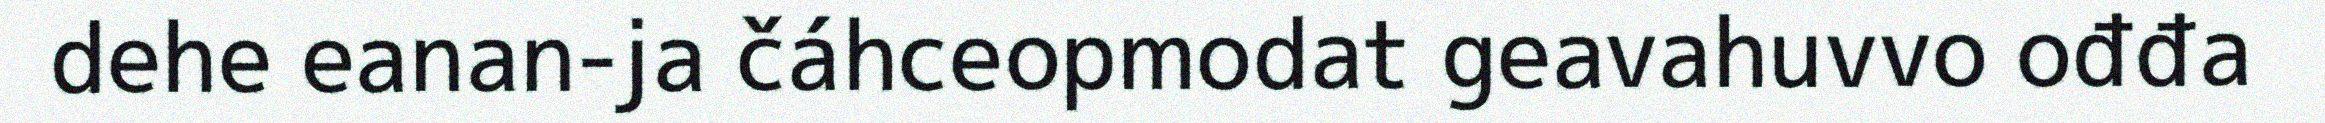
dehe eanan-ja čáhceopmodat geavahuvvo ođđa